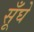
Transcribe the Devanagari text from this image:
सूँघे